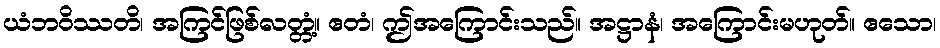
ယံဘဝိဿတိ၊ အကြင်ဖြစ်လတ္တံ့။ ဧတံ၊ ဤအကြောင်းသည်။ အဋ္ဌာနံ၊ အကြောင်းမဟုတ်။ ဧသော၊